Vaccination Hyderabad 1872-1889 - 1872-1889
Year: 1872
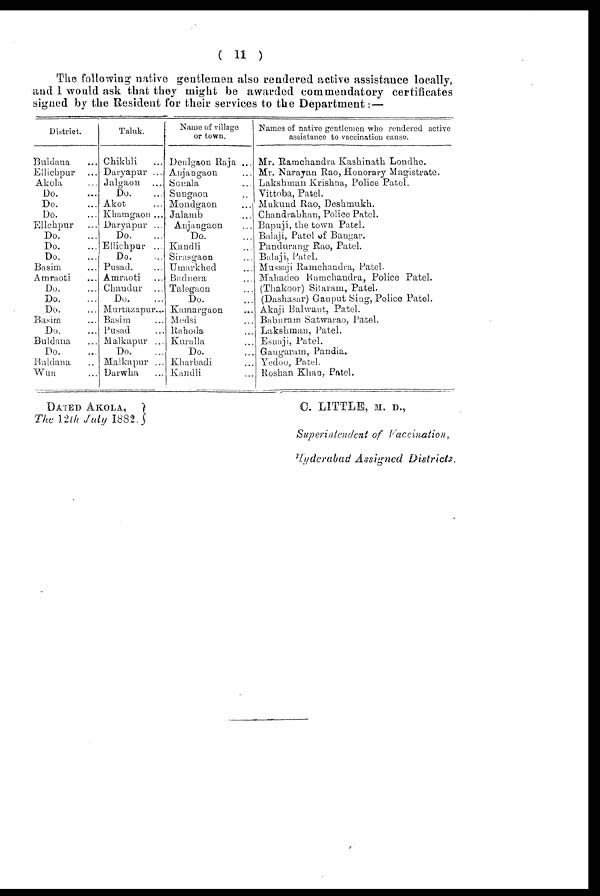
( 11 )
The following native gentlemen also rendered active assistance locally,
and I would ask that they might be awarded commendatory certificates
signed by the Resident for their services to the Department:—
District.
Buldana ...
Ellichpur ...
Akola ...
Do. ...
Do. ...
Do. ...
Ellchpur ...
Do. ...
Do. ...
Do. ...
Basim ...
Amraoti ...
Do. ...
Do. ...
Do. ...
Basitm ...
Do. ...
Buldana ...
Do. ...
Buldana ...
Wun ...
Taluk.
Chikhli
...
Daryapur ...
Jalgaon ...
Do. ...
Akot ...
Khamgaon ...
Daryapur ...
Do. ...
Ellichpur ...
Do. ...
Pusad. ...
Amraoti ...
Chandur ...
Do. ...
Murtazapur...
Basitm ...
Pusad ...
Malkapur ...
Do. ...
Malkapur ...
Darwha ...
Name of village
or town.
Denlgaon Raja ...
Anjangaon ...
Sonala ...
Sungaon ...
Mondgaon ...
Jalamb ...
Anjangaon ...
Do. ...
Kaudli ...
Sirasgaon ...
Umarkhed ...
Badnera ...
Talegaon ...
Do. ...
Kamargaon ...
Medsi ...
Rahoda ...
Kuralla ...
Do. ...
Kharbadi ...
Kandli ...
Names of native gentlemen who rendered active
assistance to vaccination cause.
Mr. Ramchandra Kashinath Londhe.
Mr. Narayan Rao, Honorary Magistrate.
Lakshman Krishna, Police Patel.
Vittoba, Patel.
Mukund Rao, Deshmukh.
Chandrabhan, Police Patel.
Bapuji, the town Patel.
Balaji, Patel of Bangar.
Pandurang Rao, Patel.
Balaji, Patel.
Mussaji Ramchandra, Patel.
Mahadeo Ramchandra, Police Patel.
(Thakoor) Sitaram, Patel.
(Dashasar) Ganput Sing, Police Patel.
Akaji Balwant, Patel.
Baburam Satwarao, Patel.
Lakshman, Patel.
Esuaji, Patel.
Gangaram, Pandia.
Yedoo, Patel.
Roshan Khan, Patel.
DATED AKOLA,
The 12th July 1882.
C. LITTLE, M. D.,
Superintendent of
Vaccination,
Hyderabad Assigned
Districts.